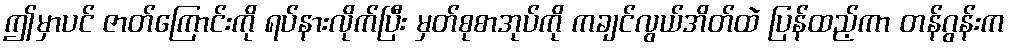
ဤမှာပင် ဇာတ်ကြောင်းကို ရပ်နားလိုက်ပြီး မှတ်စုစာအုပ်ကို ကချင်လွယ်အိတ်ထဲ ပြန်ထည့်ကာ တန်ဂွန်းက